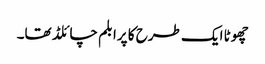
چھوٹا ایک طرح کا پرابلم چائلڈ تھا۔